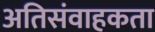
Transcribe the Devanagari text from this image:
अतिसंवाहकता